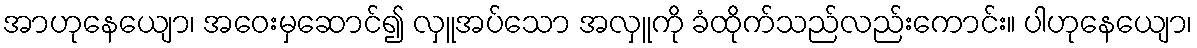
အာဟုနေယျော၊ အဝေးမှဆောင်၍ လှူအပ်သော အလှူကို ခံထိုက်သည်လည်းကောင်း။ ပါဟုနေယျော၊